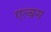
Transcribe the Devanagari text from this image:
एल्ब्रस